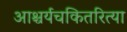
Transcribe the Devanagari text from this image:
आश्चर्यचकितरित्या